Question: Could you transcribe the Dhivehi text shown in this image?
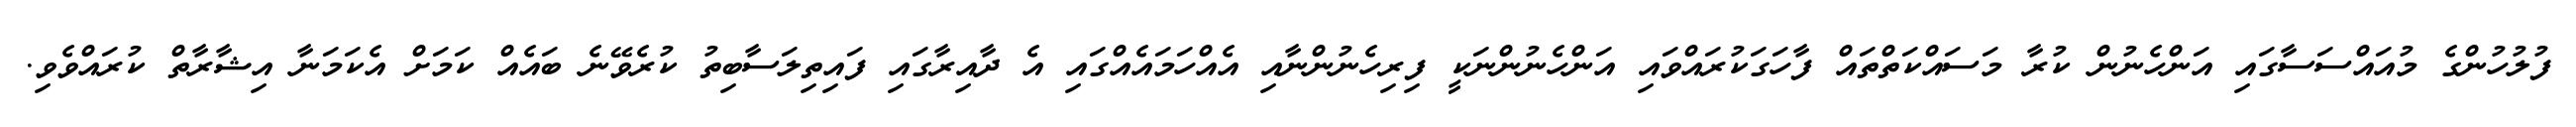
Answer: ފުލުހުންގެ މުއައްސަސާގައި އަންހެނުން ކުރާ މަސައްކަތްތައް ފާހަގަކުރައްވައި އަންހެނުންނަކީ ފިރިހެނުންނާއި އެއްހަމައެއްގައި އެ ދާއިރާގައި ފައިތިލަސާބިތު ކުރެވޭނެ ބައެއް ކަމަށް އެކަމަނާ އިޝާރާތް ކުރައްވެވި.